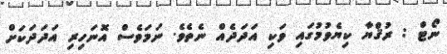
ނޯޓް : ރުޤްޔާ ކިޔެވުމުގައި ވަކި އަދަދެއް ނެތެވެ. ނަމަވެސް އޮނަހިރި އަދަދަކަށް